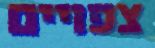
צפויים